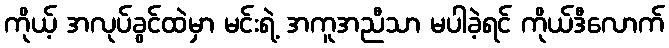
ကိုယ့် အလုပ်ခွင်ထဲမှာ မင်းရဲ့ အကူအညီသာ မပါခဲ့ရင် ကိုယ်ဒီလောက်